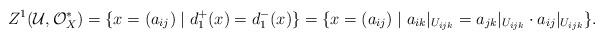
LaTeX: \begin{align*}Z^1(\mathcal{U},\mathcal{O}_X^*)=\{x=(a_{ij})\mid d_1^+(x)=d_1^-(x)\}=\{x=(a_{ij})\mid a_{ik}|_{U_{ijk}}=a_{jk}|_{U_{ijk}} \cdot a_{ij}|_{U_{ijk}}\}.\end{align*}